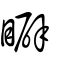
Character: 䁹